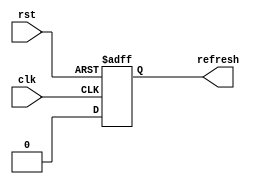
module refreshcontrol(
input wire clk,
    input wire rst,
    output reg refresh
);

    // Internal counter to track refresh cycles
    reg [11:0] refresh_counter;

    // Refresh interval (adjust based on specifications)
    parameter REFRESH_INTERVAL = 4096;

    // Process for refresh control
    always @(posedge clk or posedge rst) begin
        if (rst) begin
            // Reset values on reset signal
            refresh_counter <= 12'h0;
            refresh <= 1'b0;
        end else begin
            // Increment the refresh counter
            refresh_counter <= refresh_counter + 1;

            // Check for refresh condition
            if (refresh_counter == REFRESH_INTERVAL) begin
                refresh <= 1'b1;
                refresh_counter <= 12'h0;  // Reset the counter after refresh
            end else begin
                refresh <= 1'b0;
            end
        end
    end

endmodule